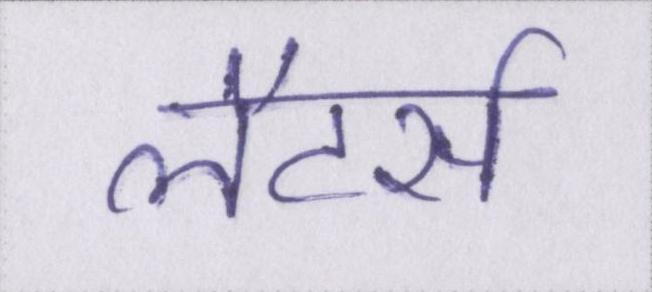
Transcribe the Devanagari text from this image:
लैटर्स